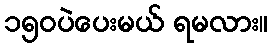
၁၅၀ပဲပေးမယ် ရမလား။